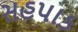
સહપાક